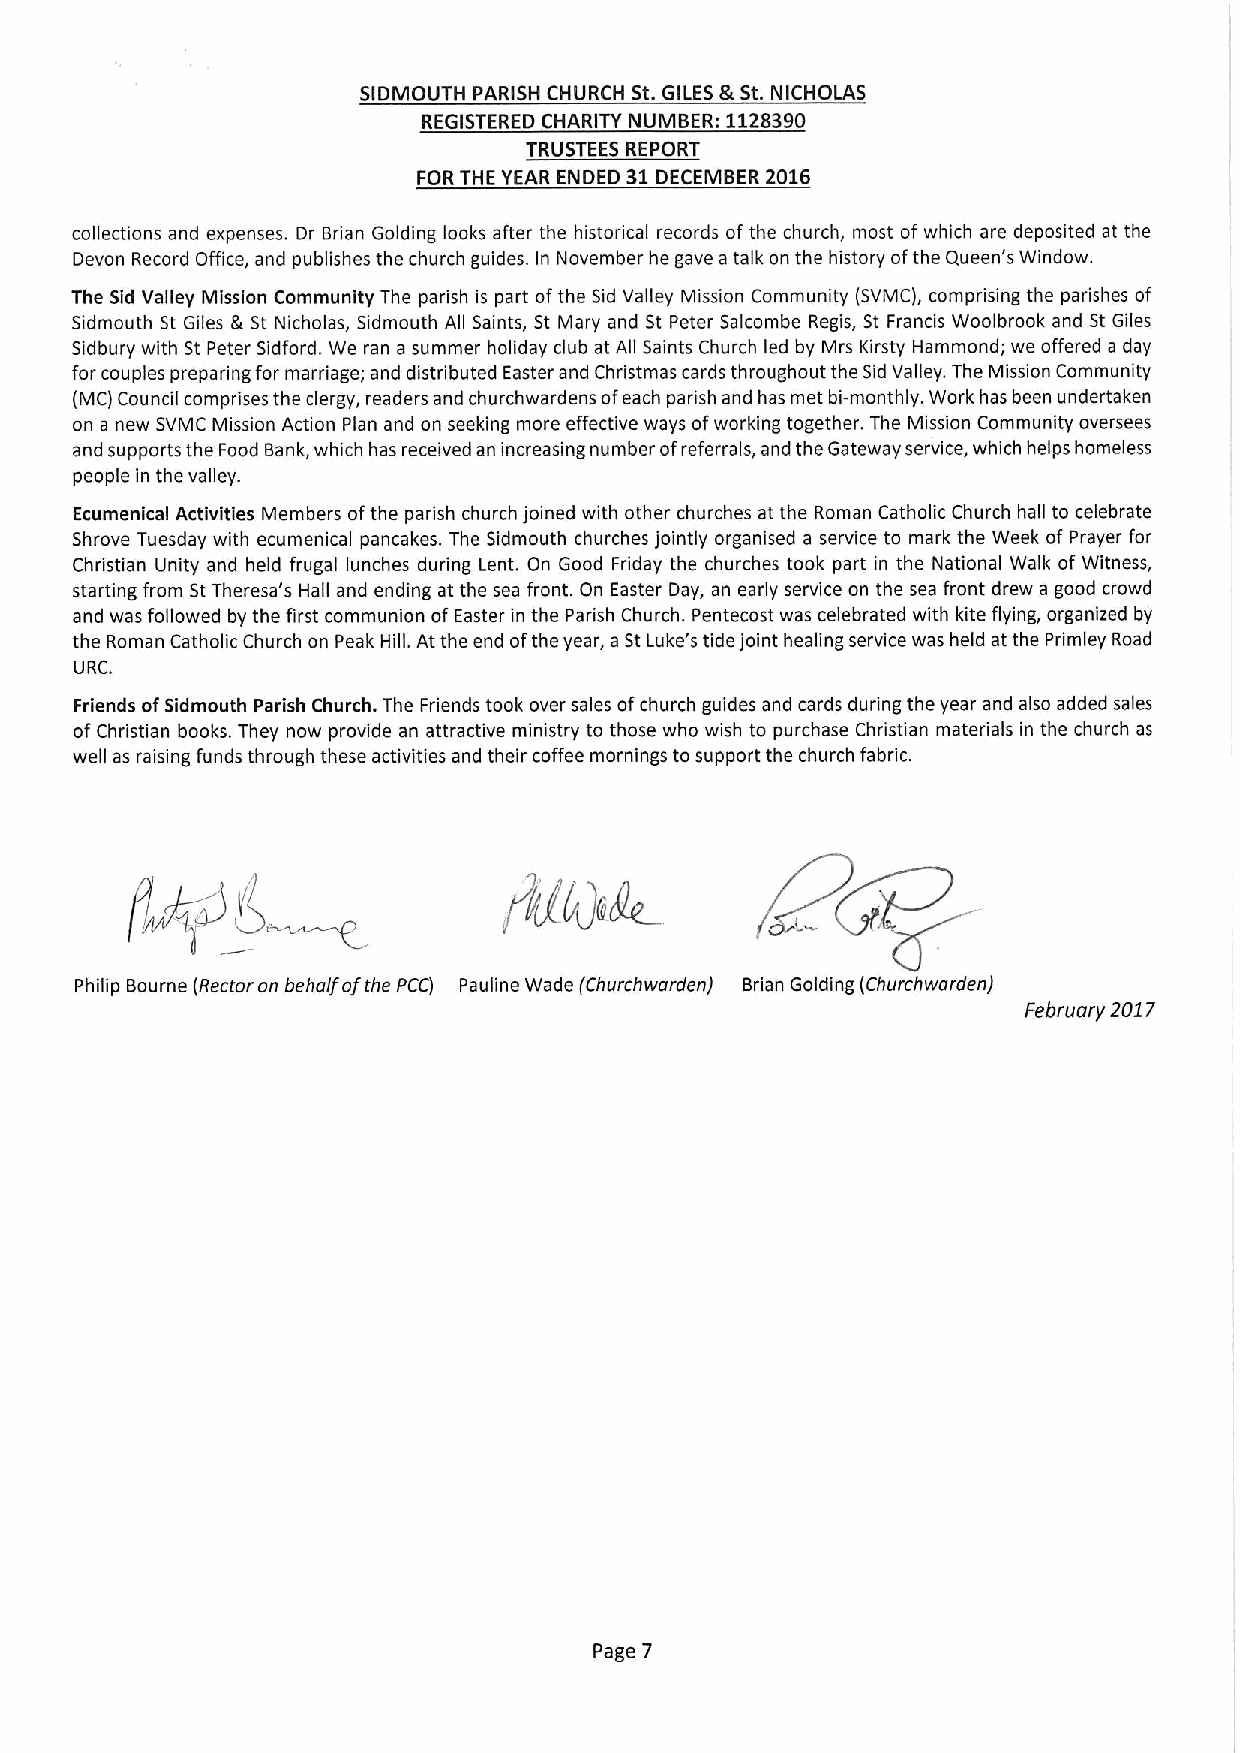
SIDMOUTH PARISH CHURCH St.GILES &St.NICHOLAS
 REGISTERED CHARITY NUMBER: 1128390
 TRUSTEES REPORT
 FOR THE YEAR ENDED 31DECEMBER 2016
 collections and expenses. Dr Brian Golding looks after the historical records of the church, most of which are deposited at the
 Devon Record Office, and publishes the church guides. In November he gave atalk on the history ofthe Queen's Window.
 The Sid Valley Mission Community The parish is part ofthe Sid Valley Mission Community (SVMC), comprising the parishes of
 Sidmouth St Giles Ik St Nicholas, Sidmouth All Saints, St Mary and St Peter Salcombe Regis, St Francis Woolbrook and St Giles
 Sidbury with St Peter Sidford. We ran a summer holiday club at All Saints Church led by Mrs Kirsty Hammond; we offered a day
 for couples preparing for marriage; and distributed Easter and Christmas cards throughout the Sid Valley. The Mission Community
 (MC) Council comprises the clergy, readers and churchwardens ofeach parish and has met bi-monthly. Work has been undertaken
 on a new SVMC Mission Action Plan and on seeking more effective ways ofworking together. The Mission Community oversees
 and supports the Food Bank, which has received an increasing number ofreferrals, and the Gateway service, which helps homeless
 people in the valley.
 Ecumenical Activities Members ofthe parish church joined with other churches at the Roman Catholic Church hall to celebrate
 Shrove Tuesday with ecumenical pancakes. The Sidmouth churches jointly organised a service to mark the Week of Prayer for
 Christian Unity and held frugal lunches during Lent. On Good Friday the churches took part in the National Walk of Witness,
 starting from StTheresa's Hall and ending at the sea front. On Easter Day, an early service on the sea front drew a good crowd
 and was followed by the first communion ofEaster in the Parish Church. Pentecost was celebrated with kite flying, organized by
 the Roman Catholic Church on Peak Hill. At the end ofthe year, a StLuke's tide joint healing service was held at the Primley Road
 URC.
 Friends ofSidmouth Parish Church. The Friends took over sales ofchurch guides and cards during the year and also added sales
 ofChristian books. They now provide an attractive ministry to those who wish to purchase Christian materials in the church as
 well as raising funds through these activities and their coffee mornings to support the church fabric.
 Philip Bourne (Rector on behalf ofthe PCC) Pauline Wade (Churchwarden) Brian Golding (Cfrurchwardenj
 February 2017
 Page 7